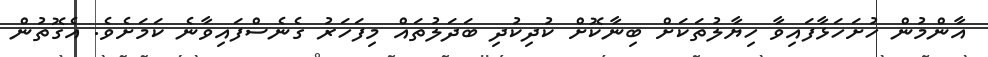
އާންމުން ހުށަހަޅާފައިވާ ހިޔާލުތަކަށް ބިނާކޮށް ކުދިކުދި ބަދަލުތައް މިފަހަރު ގެނެސްފައިވާނެ ކަމަށެވެ. އެގޮތުން